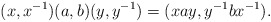
\begin{align*}(x,x^{-1})(a,b)(y,y^{-1})=(xay,y^{-1}bx^{-1}).\end{align*}